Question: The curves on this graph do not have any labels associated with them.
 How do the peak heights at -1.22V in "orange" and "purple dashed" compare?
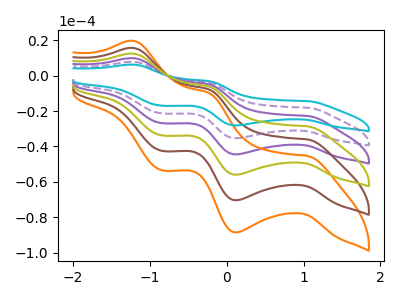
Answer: <think>The purple curve "purple" has anodic peaks at (-1.20V, 15.70uA) (-0.25V, -7.70uA) and cathodic peaks at (1.05V, -36.15uA) (0.10V, -70.65uA) (-0.85V, -42.65uA). The orange curve "orange" has anodic peaks at (-1.20V, 39.25uA) (-0.25V, -19.30uA) and cathodic peaks at (1.05V, -90.40uA) (0.10V, -176.70uA) (-0.85V, -106.65uA). The brown curve "brown" has anodic peaks at (-1.20V, 31.40uA) (-0.25V, -15.45uA) and cathodic peaks at (1.05V, -72.35uA) (0.10V, -141.35uA) (-0.85V, -85.35uA). The cyan curve "cyan" has anodic peaks at (-1.20V, 6.25uA) (-0.25V, -3.05uA) and cathodic peaks at (1.05V, -14.35uA) (0.10V, -28.10uA) (-0.85V, -16.95uA). The purple dashed curve "purple dashed" has anodic peaks at (-1.20V, 7.85uA) (-0.25V, -3.85uA) and cathodic peaks at (1.05V, -18.10uA) (0.10V, -35.35uA) (-0.85V, -21.35uA). The olive curve "olive" has anodic peaks at (-1.20V, 23.55uA) (-0.25V, -11.60uA) and cathodic peaks at (1.05V, -54.25uA) (0.10V, -106.00uA) (-0.85V, -64.00uA).</think>
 <answer>The peak at -1.22V is higher in "orange" than in "purple dashed".</answer>
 <eval>higher</eval>